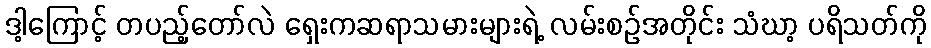
ဒါ့ကြောင့် တပည့်တော်လဲ ရှေးကဆရာသမားများရဲ့ လမ်းစဉ်အတိုင်း သံဃာ့ ပရိသတ်ကို